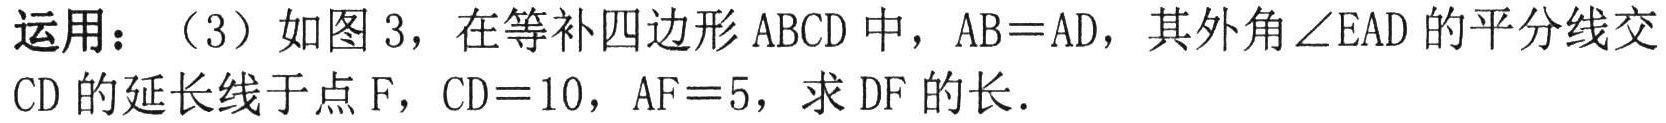
运用：（3）如图3，在等补四边形ABCD中，AB = AD，其外角$\angle EAD$的平分线交
CD的延长线于点F，CD = 10，AF = 5，求DF的长．